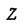
Character: Z